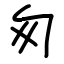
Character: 匆